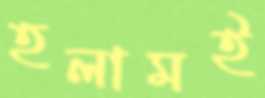
হলামই